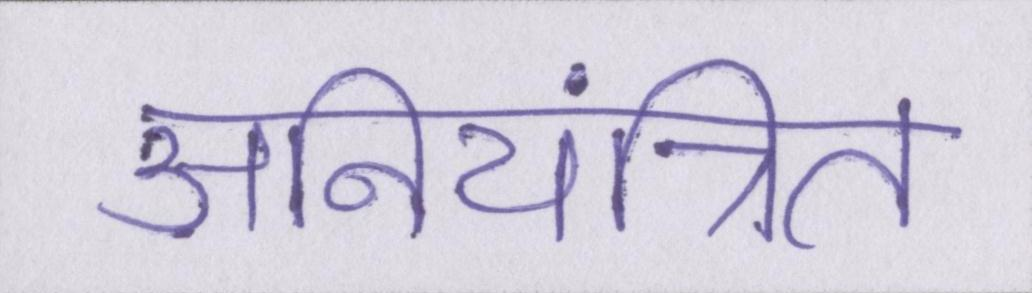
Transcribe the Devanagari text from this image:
अनियंत्रित